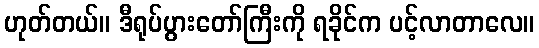
ဟုတ်တယ်။ ဒီရုပ်ပွားတော်ကြီးကို ရခိုင်က ပင့်လာတာလေ။